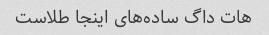
هات داگ ساده‌های اینجا طلاست